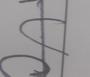
Signature authenticity: forged